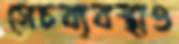
সেচব্যবস্থাও